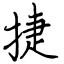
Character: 捷